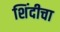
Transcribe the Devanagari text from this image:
शिंदीचा